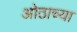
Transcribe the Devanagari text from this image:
ओठाच्या